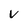
Character: v